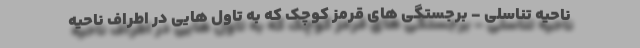
ناحیه تناسلی - برجستگی های قرمز کوچک که به تاول هایی در اطراف ناحیه